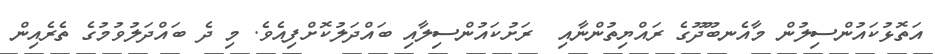
އަތޮޅުކައުންސިލުން މާއެނބޫދޫގެ ރައްޔިތުންނާއި  ރަށުކައުންސިލާއި ބައްދަލުކޮށްފިއެވެ. މި ދެ ބައްދަލުވުމުގެ ތެރެއިން